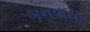
બનવાયા